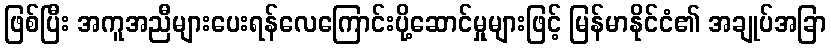
ဖြစ်ပြီး အကူအညီများပေးရန်လေကြောင်းပို့ဆောင်မှုများဖြင့် မြန်မာနိုင်ငံ၏ အချုပ်အခြာ